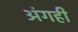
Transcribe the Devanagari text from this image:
अंगही